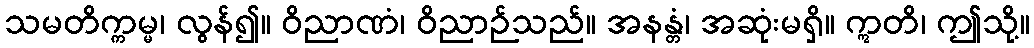
သမတိက္ကမ္မ၊ လွန်၍။ ဝိညာဏံ၊ ဝိညာဉ်သည်။ အနန္တံ၊ အဆုံးမရှိ။ ဣတိ၊ ဤသို့။